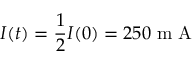
I ( t ) = \frac { 1 } { 2 } I ( 0 ) = 2 5 0 \mathrm { ~ m ~ A ~ }